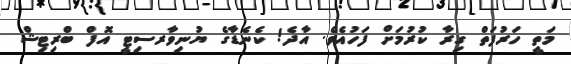
މަތީ ހަރުފަތް ގިރާ ކުރުމަށް ފަހުއެވެ. އާދެ! ކެނެޑާގެ ޔުނިވާރސިޓީ އޮފް ބްރިޓިޝް